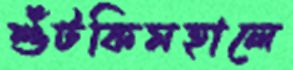
শুঁটকিমহালে